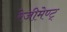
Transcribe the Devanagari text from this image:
रेजीमेण्ट्